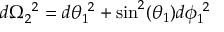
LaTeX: d \Omega _ { 2 } ^ { ~ 2 } = d \theta _ { 1 } ^ { ~ 2 } + \sin ^ { 2 } ( \theta _ { 1 } ) d \phi _ { 1 } ^ { ~ 2 }